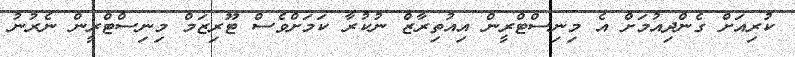
ކުރިއަށް ގެންދިއުމަށް އެ މިނިސްޓްރީން އިއުތިރާޒް ނުކުރާ ކަމަށްވެސް ޓޫރިޒަމް މިނިސްޓްރީން ނެރުނު